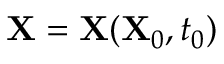
\mathbf { X } = \mathbf { X } ( \mathbf { X } _ { 0 } , t _ { 0 } )